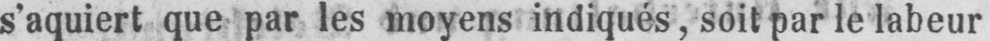
s’aquiert que par les moyens indiqués, soit par le labeur